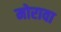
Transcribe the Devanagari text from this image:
मोरावा